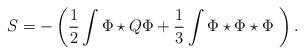
\begin{align*} S=-\left(\frac{1}{2}\int \Phi\star Q \Phi+ \frac{1}{3}\int \Phi\star \Phi\star \Phi \ \right).\end{align*}